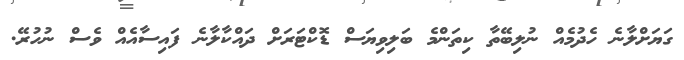
ގަޔަށްލާނެ ހެދުމެއް ނުލިބޭތާ ކިތަންމެ ބަލިވިޔަސް ޑޮކްޓަރަށް ދައްކާލާނެ ފައިސާއެއް ވެސް ނުހުރޭ.